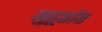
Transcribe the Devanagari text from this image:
मुहूर्तात